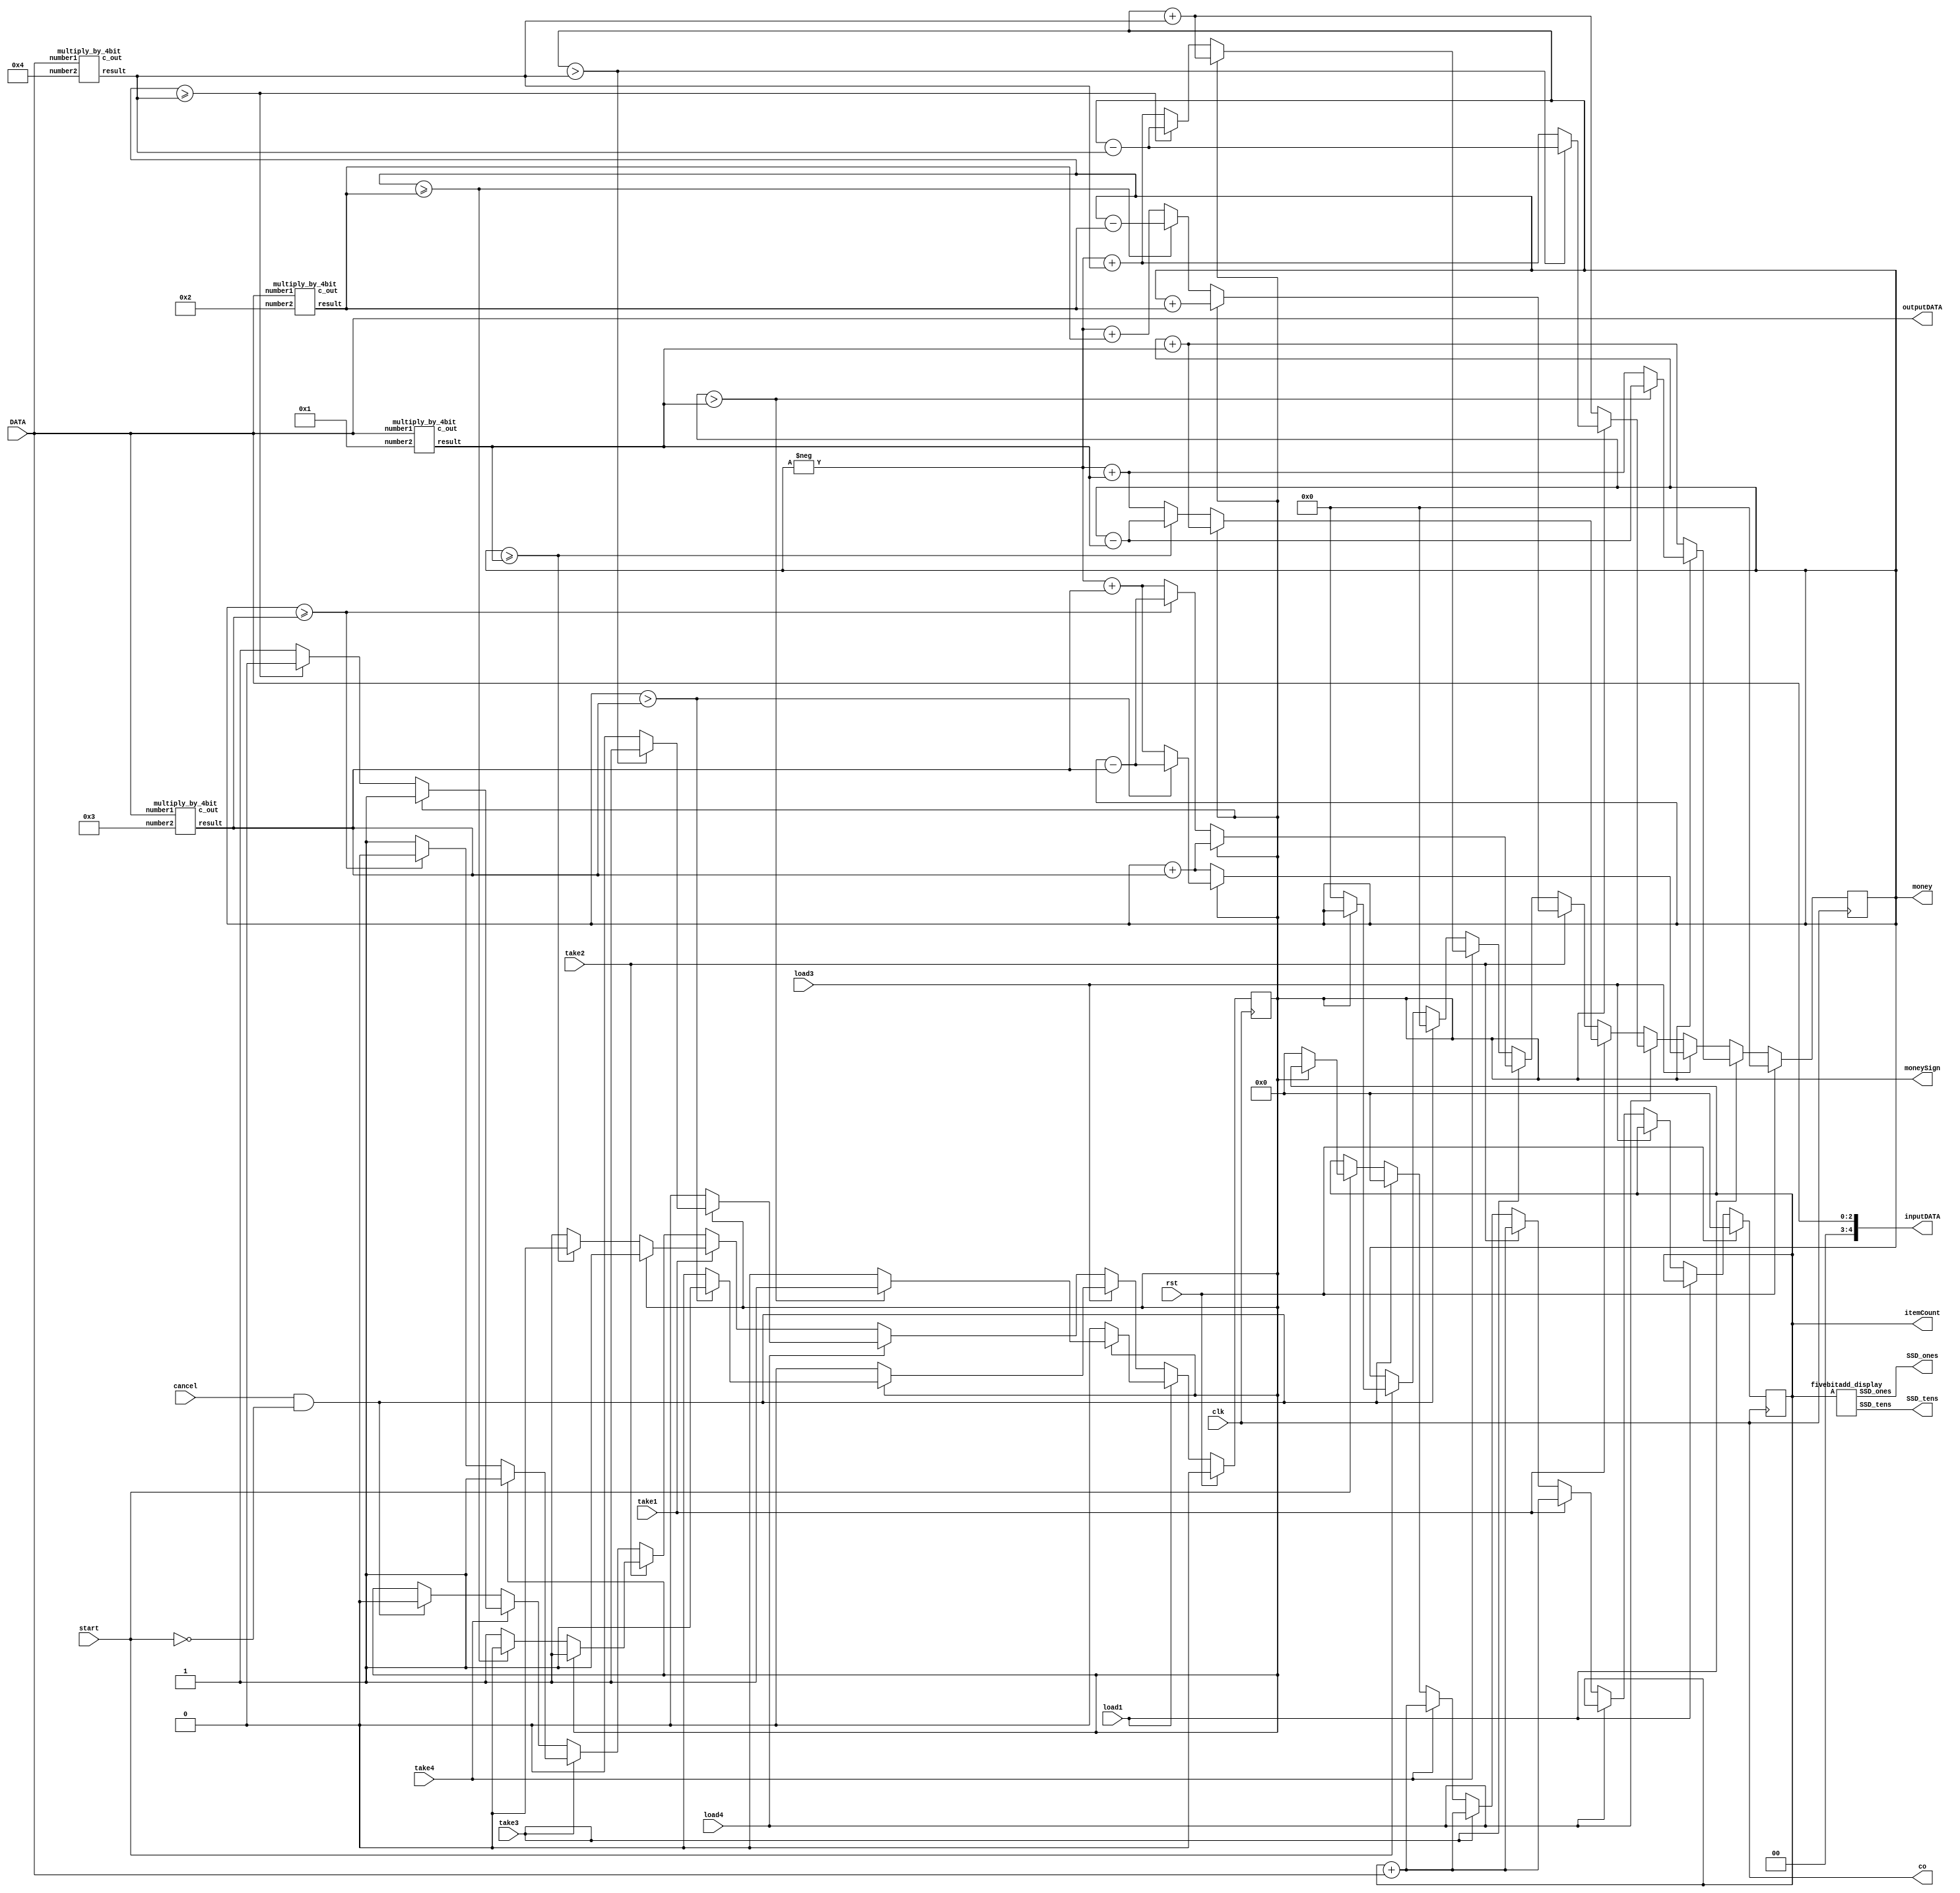
`timescale 1ns / 1ps
//////////////////////////////////////////////////////////////////////////////////
// Company: 
// Engineer: 
// 
// Design Name: 
// Module Name: vendingMachine_1
// Project Name: 
// Target Devices: 
// Tool Versions: 
// Description: 
// 
// Dependencies: 
// 
// Revision:
// Revision 0.01 - File Created
// Additional Comments:
// 
//////////////////////////////////////////////////////////////////////////////////

// take1 -> 1
//take2 -> 2
//take3 -> 3
//take4 -> 4



module vendingMachine_1(
    input [2:0]DATA,
    input load1, load3, load4,
    input take1,take2, take3, take4,
    input start, clk, rst, cancel,
//    output reg [3:0]reg2, reg [3:0]reg6, reg [3:0]reg10,
//    output reg [3:0]regi1, reg [3:0]regi2, reg [3:0]regi3,reg [3:0]regi4,
    output co,
    output [4:0]inputDATA,
    output reg [4:0]itemCount, //Consider person can take at max 24 items (limit set 6 items count per item)
    output reg [5:0]money,  //As (1+2+3+4)*6 = 60 which is of 6 bits
    output reg moneySign,          // 0-> +  1-> -,
    output [6:0] SSD_tens, output [6:0] SSD_ones,
    output [2:0] outputDATA
    );
//    wire [4:0]inputDATA;
//    reg [4:0]itemCount;
//    reg [6:0]money;
//    reg moneySign;           // 0-> +  1-> -
    
    assign inputDATA = {2'b00,DATA};
    assign outputDATA = DATA;
    reg [27:0]count=0;
    //CLK DIV
//    assign co = count[27];
    assign co = clk;
    always@ (posedge clk) count = count + 1;
    
    wire [5:0]mul1,mul2,mul3,mul4;
    wire c1,c2,c3,c4;
    multiply_by_4bit CALL1  (.number1(DATA),.number2(4'b0001),.result(mul1),.c_out(c1));
    multiply_by_4bit CALL2 (.number1(DATA),.number2(4'b0010),.result(mul2),.c_out(c2));
    multiply_by_4bit CALL3 (.number1(DATA),.number2(4'b0011),.result(mul3),.c_out(c3));
    multiply_by_4bit CALL4 (.number1(DATA),.number2(4'b0100),.result(mul4),.c_out(c4));
    
    fivebitadd_display display1 (.A(itemCount),.SSD_tens(SSD_tens),.SSD_ones(SSD_ones));
    
    always@(posedge co)
        begin
//            $display("co: %b", co);
//            $display("DATA: %b", DATA); 
            if(rst)
                begin
                    itemCount <= 5'b00000;
                    money <= 6'b000000;
                    moneySign <= 0;
                end
                
            else if(load1)
                begin  
                    if(moneySign==0)
                        begin
                            money <= money + mul1;
                        end   
                    else
                        begin
                            if(money>mul1)
                                begin 
                                    money <= money-mul1;
                                    moneySign <=1;
                                end
                             else
                                begin
                                    money <= -money+mul1;
                                    moneySign <=0;
                                end   
                        end  
                end
            else if(load3)
                begin  
                    if(moneySign==0)
                        begin
                            money <= money + mul3;
                        end   
                    else
                        begin
                            if(money>mul3)
                                begin 
                                    money <= money-mul3;
                                    moneySign <=1;
                                end
                             else
                                begin
                                    money <= -money+mul3;
                                    moneySign <=0;
                                end   
                        end  
                end
            else if(load4)
                begin  
                    if(moneySign==0)
                        begin
                            money <= money + mul4;
                        end   
                    else
                        begin
                            if(money>mul4)
                                begin 
                                    money <= money-mul4;
                                    moneySign <=1;
                                end
                             else
                                begin
                                    money <= -money+mul4;
                                    moneySign <=0;
                                end   
                        end  
                end
            
            
            
            else if(take1)
                begin
                    itemCount <= itemCount + inputDATA;
                    if(moneySign ==0)
                    begin
                        if(money>= mul1)
                            begin
                                moneySign <= 0;
                                money <= money - mul1;
                            end
                        else
                            begin
                                moneySign <= 1;
                                money <= - money + mul1;
                            end
                    end
                    else
                    begin
//                        if(money>= mul1)
//                            begin
                                moneySign <= 1;
                                money <= money + mul1;
//                            end
//                        else
//                            begin
//                                moneySign <= 1;
//                                money <= money + mul1;
//                            end
                    end
                end
            else if(take2)
                begin
                    itemCount <= itemCount + inputDATA;
                    if(moneySign ==0)
                    begin
                        if(money>= mul2)
                            begin
                                moneySign <= 0;
                                money <= money - mul2;
                            end
                        else
                            begin
                                moneySign <= 1;
                                money <= - money + mul2;
                            end
                    end
                    else
                    begin
//                        if(money>= mul2)
//                            begin
                                moneySign <= 1;
                                money <= money + mul2;
//                            end
//                        else
//                            begin
//                                moneySign <= 1;
//                                money <= money + mul2;
//                            end
                    end
                end
            else if(take3)
                begin
                    itemCount <= itemCount + inputDATA;
                    if(moneySign ==0)
                    begin
                        if(money>= mul3)
                            begin
                                moneySign <= 0;
                                money <= money - mul3;
                            end
                        else
                            begin
                                moneySign <= 1;
                                money <= - money + mul3;
                            end
                    end
                    else
                    begin
//                        if(money>= mul3)
//                            begin
                                moneySign <= 1;
                                money <= money + mul3;
//                            end
//                        else
//                            begin
//                                moneySign <= 1;
//                                money <= money + mul3;
//                            end
                    end
                end
            else if(take4)
                begin
                    itemCount <= itemCount + inputDATA;
                    if(moneySign ==0)
                    begin
                        if(money>= mul4)
                            begin
                                moneySign <= 0;
                                money <= money - mul4;
                            end
                        else
                            begin
                                moneySign <= 1;
                                money <= - money + mul4;
                            end
                    end
                    else
                    begin
//                        if(money>= mul4)
//                            begin
                                moneySign <= 1;
                                money <= money + mul4;
//                            end
//                        else
//                            begin
//                                moneySign <= 1;
//                                money <= money + mul4;
//                            end
                    end
                end
                
                
            else if (cancel==1 && start == 0)    // Transaction Cancel
                begin
                    itemCount <= 0;       //7seg
                    money <= 0;
                    moneySign <= 0;      //LCD
                end
                
            else if (start)
                begin
                    if(moneySign == 0)
                        begin
                    //Fn for showing down counter on 7seg displays and finally make itemCount=0
                            money <= 0;   // Display this 0 on LCD   // This shows that extra money is return to the person
                            itemCount <= 0;
                        end
                end  
//            $display("5: %b", mul5);
//            $display("10: %b", mul10);  
//            $display("15: %b", mul15);  
//            $display("20: %b", mul10);  
//            $display("30: %b", mul30);  
             
                
        end
endmodule       
        

module multiply_by_4bit(number1,number2, result, c_out);
    parameter n = 3;
    input [n-1:0]number1;
    input [3:0]number2;
    output[n+2:0]result;
    output c_out;
    
    reg [n-1:0] leftShift0_temp;
    reg [n+2:0] leftShift0;
    
    reg [n:0] leftShift1_temp;
    reg [n+2:0] leftShift1;
    
    reg [n+1:0] leftShift2_temp;
    reg [n+2:0] leftShift2;
    
    reg [n+2:0] leftShift3;
    
    always@(*)
        begin
            if(number2[0]==1'b1)
                begin
                    leftShift0_temp = number1;
                    leftShift0 = {3'b000,leftShift0_temp};
                end
            if(number2[1]==1'b1)
                begin
                    leftShift1_temp = number1<<1;
                    leftShift1 = {2'b00,leftShift1_temp};
                end
            if(number2[2]==1'b1)
                begin
                    leftShift2_temp = number1<<2;
                    leftShift2 = {1'b0,leftShift2_temp};
                end 
            if(number2[3]==1'b1)
                begin
                    leftShift3 = number1<<3;
                end  
            
            if(number2[0]==0) leftShift0 = 6'b000000;
            if(number2[1]==0) leftShift1 = 6'b000000;
            if(number2[2]==0) leftShift2 = 6'b000000;
            if(number2[3]==0) leftShift3 = 6'b000000;  
            
//            $display("number1: %b", number1);
//            $display("leftShift0: %b", leftShift0);
//            $display("leftShift1: %b", leftShift1);
//            $display("leftShift2: %b", leftShift2);
//            $display("leftShift3: %b", leftShift3);           
        end 
      
      assign result = leftShift0 + leftShift1 + leftShift2 + leftShift3;    
      assign c_out = 1'b0;                   
endmodule

module BinaryToDecimal(input [4:0] binary,output reg [4:0] decimal);
    reg [4:0] temp_decimal; // Temporary variable to store decimal value
    integer i;
    always @* begin
        decimal = 0; // Initialize decimal value
        temp_decimal = 0;
        // Loop through each bit of the binary input
        for (i = 0; i < 5; i = i + 1) begin
            // Add the contribution of each bit to the temporary decimal value
            temp_decimal = temp_decimal + (binary[i] * (2**i));
        end
        
        // Assign the temporary decimal value to the output
        decimal = temp_decimal;
    end
endmodule

module DecimalSplitter(input [4:0] decimal,output reg [3:0] dec_tens,output reg [3:0] dec_ones);
    always @* begin
        dec_ones = decimal % 10; // Extract ones digit
        dec_tens = decimal / 10; // Extract tens digit
    end
endmodule

// BCD to Seven Segment Decoder
// Common Cathode SSD
module BCD_to_SevenSegment (input [3:0] bcd_input, output reg [6:0] seven_segment_output);
    always @(bcd_input) begin
        case (bcd_input)
            4'b0000: seven_segment_output = 7'b0111111; // 0 0111111 
            4'b0001: seven_segment_output = 7'b0000110; // 1 0000110
            4'b0010: seven_segment_output = 7'b1011011; // 2 1011011
            4'b0011: seven_segment_output = 7'b1001111; // 3 1001111
            4'b0100: seven_segment_output = 7'b1100110; // 4 1100110
            4'b0101: seven_segment_output = 7'b1101101; // 5 1101101
            4'b0110: seven_segment_output = 7'b1111101; // 6 1111101
            4'b0111: seven_segment_output = 7'b0000111; // 7 0000111
            4'b1000: seven_segment_output = 7'b1111111; // 8 1111111
            4'b1001: seven_segment_output = 7'b1101111; // 9 1101111
            default: seven_segment_output = 7'b1111100; //   1111100 Display E for undefined BCD input
        endcase
    end
endmodule

module disp_add(input [3:0] dec_tens, input [3:0] dec_ones, output [6:0] s_tens, output [6:0] s_ones);
    BCD_to_SevenSegment tens_(dec_tens, s_tens);
    BCD_to_SevenSegment ones_(dec_ones, s_ones);
endmodule

module fivebitadd_display(input [4:0] A, output [6:0] SSD_tens, output [6:0] SSD_ones);
//    wire [3:0] s;
//    wire c;
    wire [4:0] dec; wire [3:0]d_tens, d_ones;
//    four_bit_adder FourBAdd(A, B, s, c);
    BinaryToDecimal bin2dec({A}, dec);
    DecimalSplitter DSplit(dec,d_tens,d_ones);
    disp_add D_and_A(d_tens, d_ones, SSD_tens, SSD_ones);
endmodule



//module downCounter(input 














































































module carry_lookahead_Adder (in1, in2, cin, sum, cout);
	parameter n=15; // number of bits
	input [n-1:0] in1;
	input [n-1:0] in2;
	input cin;
	output [n-1:0] sum;
	output cout;
	
	wire [n-1:0] gen;
	wire [n-1:0] prod;
	wire [n:0] c_tmp;

	genvar i,j;
	generate 
		 assign c_tmp[0]=cin; 
		 for(j=0; j<n; j=j+1)
		 begin: carry_generator
			assign gen[j] = in1[j] & in2[j];
			assign prod[j] = in1[j] | in2[j];
			assign c_tmp[j+1] = gen[j] | prod[j] & c_tmp[j];
		 end  
		 assign cout = c_tmp[n];
		 for(i=0; i<n; i=i+1)
		 begin: sum_without_carry
			assign sum[i] = in1[i] ^ in2[i] ^ c_tmp[i];
		 end 
	endgenerate
endmodule